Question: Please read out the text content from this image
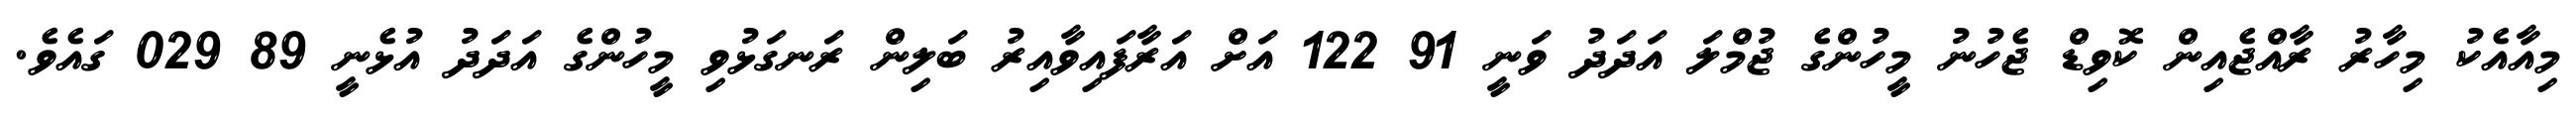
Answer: މިއާއެކު މިހާރު ރާއްޖެއިން ކޮވިޑް ޖެހުނު މީހުންގެ ޖުމްލަ އަދަދު ވަނީ 91 122 އަށް އަރާފައިވާއިރު ބަލިން ރަނގަޅުވި މީހުންގެ އަދަދު އުޅެނީ 89 029 ގައެވެ.